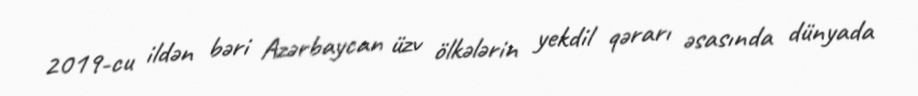
2019-cu ildən bəri Azərbaycan üzv ölkələrin yekdil qərarı əsasında dünyada